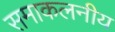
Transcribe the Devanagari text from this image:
समाकलनीय